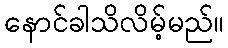
နောင်ခါသိလိမ့်မည်။